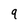
Character: 9